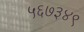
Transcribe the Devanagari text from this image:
५६७३४९